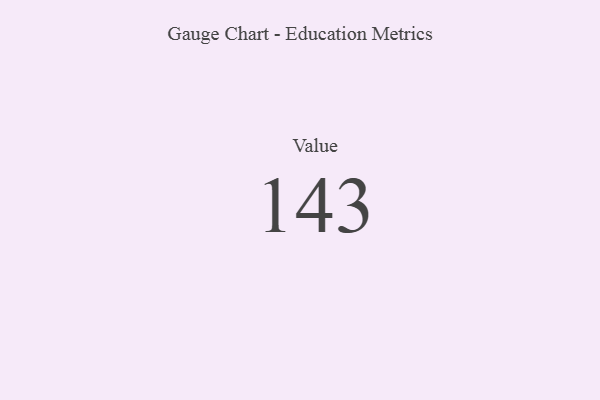
{"axis": {"x": "Metric", "y": "Value"}, "legend": [""], "data": [{"x": "Value", "y": 143, "type": ""}]}